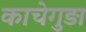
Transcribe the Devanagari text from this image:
काचेगुड़ा